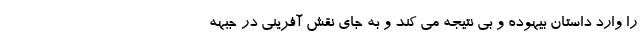
را وارد داستان بیهوده و بی نتیجه می کند و به جای نقش آفرینی در جبهه